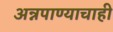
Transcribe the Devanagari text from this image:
अन्नपाण्याचाही